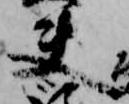
夫